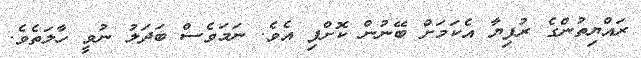
ރައްޔިތުންގެ ރުފިޔާ އެކަމަށް ބޭނުން ކޮށްފި އެވެ. ނަމަވެސް ބަދަލު ނުވީ ހާލަތެވެ.